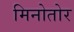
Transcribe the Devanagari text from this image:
मिनोतोर